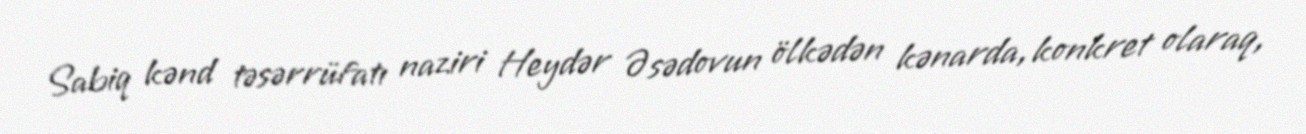
Sabiq kənd təsərrüfatı naziri Heydər Əsədovun ölkədən kənarda, konkret olaraq,